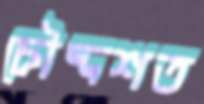
চৌদ্দশত